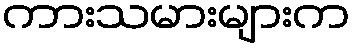
ကားသမားများက